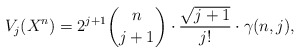
\begin{align*}V_j(X^n)=2^{j+1}{n\choose j+1}\cdot \frac{\sqrt{j+1}}{j!}\cdot \gamma (n, j),\end{align*}